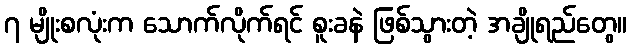
၇ မျိုးစလုံးက သောက်လိုက်ရင် စူးခနဲ ဖြစ်သွားတဲ့ အချိုရည်တွေ။